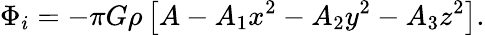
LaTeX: \Phi_{i}=-\pi G\rho\left[A-A_{1}x^{2}-A_{2}y^{2}-A_{3}z^{2}\right].